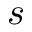
\boldsymbol { s }